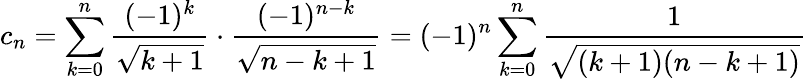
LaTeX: c_{n}=\sum_{k=0}^{n}{\frac{(-1)^{k}}{\sqrt{k+1}}}\cdot{\frac{(-1)^{n-k}}{\sqrt{n-k+1}}}=(-1)^{n}\sum_{k=0}^{n}{\frac{1}{\sqrt{(k+1)(n-k+1)}}}